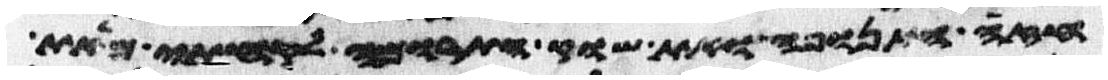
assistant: חזה התנופה ואת שוק התרומה לקחתי מאת